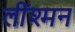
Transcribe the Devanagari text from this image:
लींश्मन